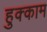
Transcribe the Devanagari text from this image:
हुक्काम